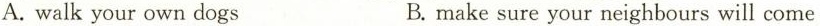
A. walk your own dogs B.make sure your neighbours will come